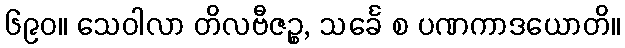
၆၉၀။ သေဝါလာ တိလဗီဇဉ္စ, သင်္ခေ စ ပဏကာဒယောတိ။